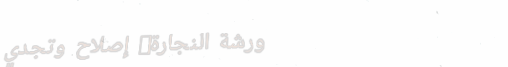
ورشة النجارة: إصلاح وتجدي